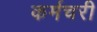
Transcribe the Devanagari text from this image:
कर्मचरी